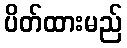
ပိတ်ထားမည်